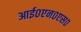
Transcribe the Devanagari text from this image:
आई०एन०एस०